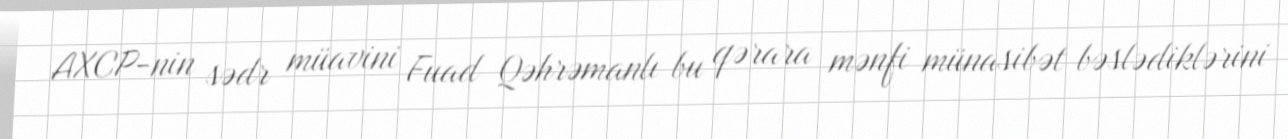
AXCP-nin sədr müavini Fuad Qəhrəmanlı bu qərara mənfi münasibət bəslədiklərini